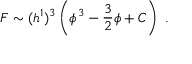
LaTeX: F \sim ( h ^ { 1 } ) ^ { 3 } \left( \phi ^ { 3 } - { \frac { 3 } { 2 } } \phi + C \right) \ .